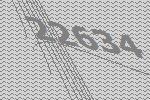
22634